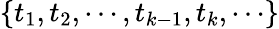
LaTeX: \{ t_{1},t_{2},\cdots,t_{k-1},t_{k},\cdots\}